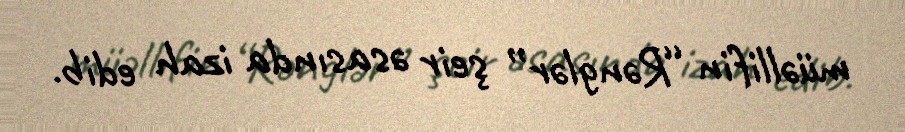
müəllifin “Rənglər” şeir əsasında izah edib.